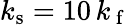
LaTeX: k_{\mathrm{s}}=10\, k_{\mathrm{\, f}}